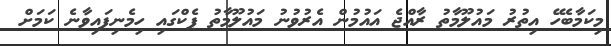
މިކަމާބެހޭ އިތުރު މައުލޫމާތު ރާއްޖެ އައުމުން އެރުވުނު މައުލޫމާތު ޕެކްގައި ހިމެނިފައިވާނެ ކަމަށް